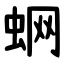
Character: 蛧